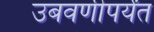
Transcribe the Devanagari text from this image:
उबवणीपर्यंत